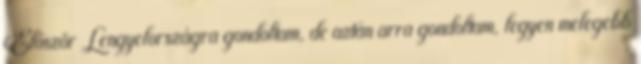
Először Lengyelországra gondoltam, de aztán arra gondoltam, legyen melegebb